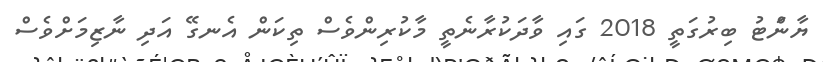
ޔާންަޓު ބިރުގަތީ 2018 ގައި ވާދަކުރާނެތީ މާކުރިންވެސް ތިކަން އެނގޭ އަދި ނާޒިމަށްވެސް